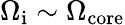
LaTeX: \Omega_{\mathrm{i}}\sim\Omega_{\mathrm{core}}